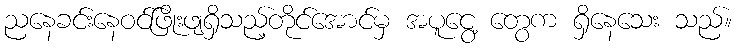
ညနေခင်းနေဝင်ဖြိုးဖျရှိသည့်တိုင်အောင်မှ အပူငွေ့ တွေက ရှိနေသေး သည်။